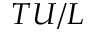
T U / L